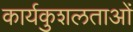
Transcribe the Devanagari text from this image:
कार्यकुशलताओं